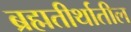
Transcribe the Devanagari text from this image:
ब्रह्मतीर्थातील